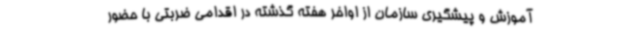
آموزش و پیشگیری سازمان از اواخر هفته گذشته در اقدامی ضربتی با حضور